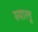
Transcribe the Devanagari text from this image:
स्यालु